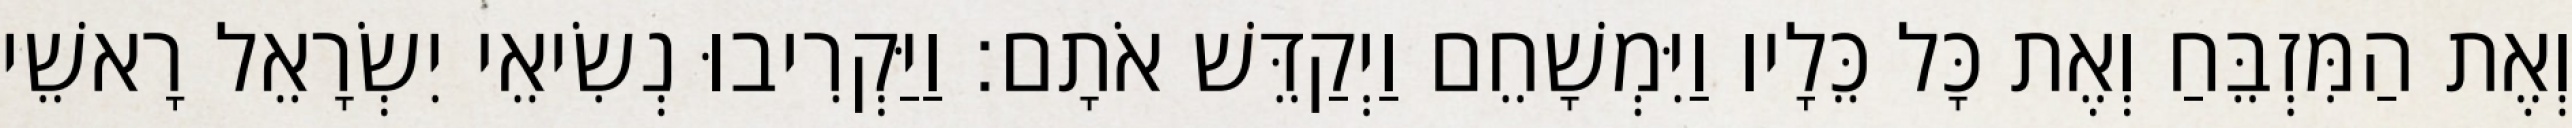
וְאֶת הַמִּזְבֵּחַ וְאֶת כָּל כֵּלָיו וַיִּמְשָׁחֵם וַיְקַדֵּשׁ אֹתָם׃ וַיַּקְרִיבוּ נְשִׂיאֵי יִשְׂרָאֵל רָאשֵׁי